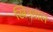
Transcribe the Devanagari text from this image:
खिनवाल